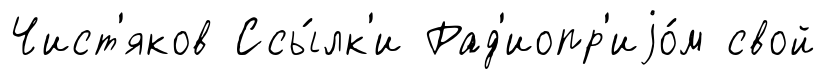
Чист'яков Ссы́лк'и Рад'иопр'иjо́м свой